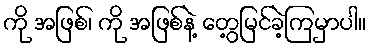
ကို အဖြစ်၊ ကို အဖြစ်နဲ့ တွေ့မြင်ခဲ့ကြမှာပါ။